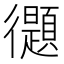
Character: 𢖤